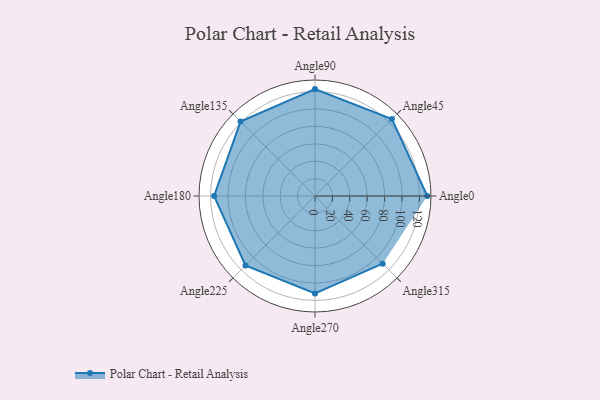
{"axis": {"x": "Angle", "y": "Radius"}, "legend": [""], "data": [{"x": "Angle0", "y": 129.0, "type": ""}, {"x": "Angle45", "y": 125.0, "type": ""}, {"x": "Angle90", "y": 123.0, "type": ""}, {"x": "Angle135", "y": 121.0, "type": ""}, {"x": "Angle180", "y": 116.0, "type": ""}, {"x": "Angle225", "y": 113.0, "type": ""}, {"x": "Angle270", "y": 112.0, "type": ""}, {"x": "Angle315", "y": 110.0, "type": ""}]}